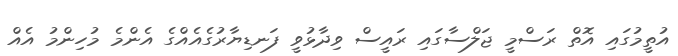
އުތީމުގައި އޮތް ރަސްމީ ޖަލްސާގައި ރައީސް ވިދާޅުވީ ފަނޑިޔާރުގެއެއްގެ އެންމެ މުހިންމު އެއް